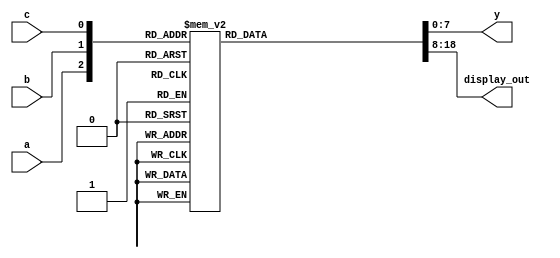
`timescale 1ns / 1ps
//////////////////////////////////////////////////////////////////////////////////
// Company: 
// Engineer: 
// 
// Design Name: 
// Module Name: gates2
// Project Name: 
// Target Devices: 
// Tool Versions: 
// Description: 
// 
// Dependencies: 
// 
// Revision:
// Revision 0.01 - File Created
// Additional Comments:
// 
//////////////////////////////////////////////////////////////////////////////////


module Decoder38(
    input a,
    input b,
    input c,
    output reg [7:0] y,    
    output reg [10:0] display_out);
    
    always@(*) begin
        case({a,b,c})
            3'b000 : begin y = 8'b0000_0001; display_out <= 11'b1011_0000001;end
            3'b001 : begin y = 8'b0000_0010; display_out <= 11'b1011_1001111;end
            3'b010 : begin y = 8'b0000_0100; display_out <= 11'b1011_0010010;end
            3'b011 : begin y = 8'b0000_1000; display_out <= 11'b1011_0000110;end
            3'b100 : begin y = 8'b0001_0000; display_out <= 11'b1011_1001100;end
            3'b101 : begin y = 8'b0010_0000; display_out <= 11'b1011_0100100;end
            3'b110 : begin y = 8'b0100_0000; display_out <= 11'b1011_0100000;end
            3'b111 : begin y = 8'b1000_0000; display_out <= 11'b1011_0001111;end
            default : begin y = 'b1111_1111; display_out <= 11'b1111_1111111;end
        endcase
    end
    
endmodule